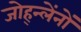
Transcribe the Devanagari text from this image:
जोह्न्लेंनों